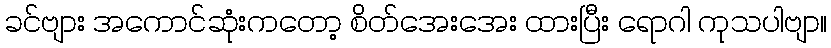
ခင်ဗျား အကောင်ဆုံးကတော့ စိတ်အေးအေး ထားပြီး ရောဂါ ကုသပါဗျာ။